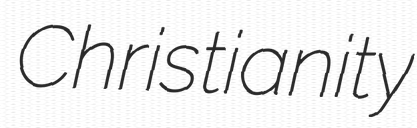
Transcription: Christianity